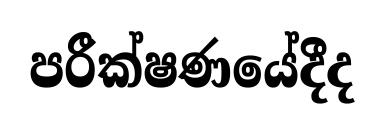
පරීක්ෂණයේදීද